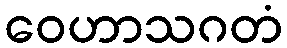
ဝေဟာသဂတံ